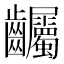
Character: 𪚌